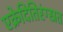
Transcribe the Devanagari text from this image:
एक्रेदितिरंग्स्रत